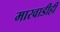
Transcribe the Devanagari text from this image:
मारवाडीही